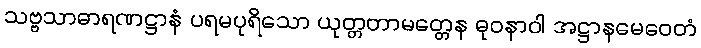
သဗ္ဗသာဓာရဏဋ္ဌာနံ ပရမပုရိသော ယုတ္တတာမတ္တေန ဓုဝနာဝါ အဋ္ဌာနမေဝေတံ